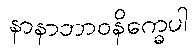
နာနာဘာဝနိက္ခေပါ